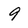
Character: 9